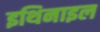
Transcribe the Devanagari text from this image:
इथिनाइल